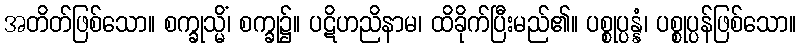
အတိတ်ဖြစ်သော။ စက္ခုသ္မိံ၊ စက္ခု၌။ ပဋိဟညိနာမ၊ ထိခိုက်ပြီးမည်၏။ ပစ္စုပ္ပန္နံ၊ ပစ္စုပ္ပန်ဖြစ်သော။